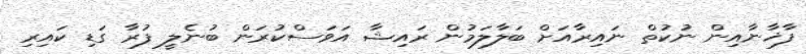
ފާޚާނާއިން ނުކުތް ނައިރާއަށް ބަލާލަމުން ރައިޝާ އަވަސްކުރަން ބުނެލީ ފުރާ ގަޑި ކައިރި